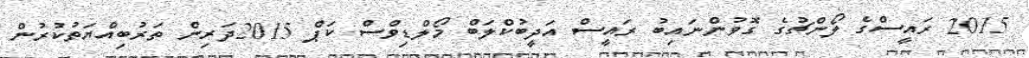
2015 ރައީސްގެ ލޯންޗުގެ ގޮވުންނައިބު ރައީސް އަދީބުކްލަބް މޯލްޑިވްސް ކަޕް 2015ދަރިން ތަރުބިއްޔަތުކުރުން